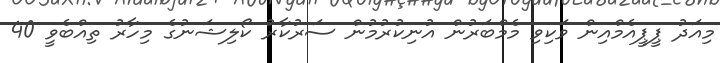
މިއަދު ޕީޕީއެމްއިން ވަކިވި މެމްބަރުން އުނިކުރުމުން ސަރުކާރު ކޯލިޝަނުގެ މިހާރު ތިއްބެވީ 40